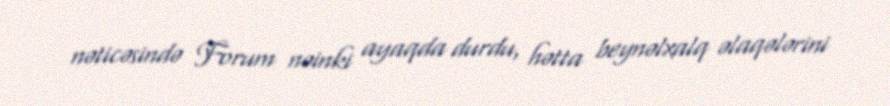
nəticəsində Forum nəinki ayaqda durdu, hətta beynəlxalq əlaqələrini